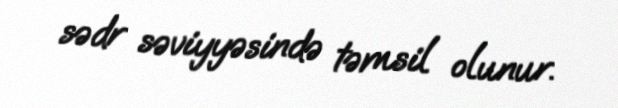
sədr səviyyəsində təmsil olunur.